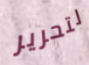
لتحرير